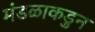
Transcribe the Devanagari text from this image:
मंडळाकडुन